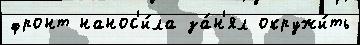
фронт нанос'и́ла за́н'ял окружи́ть